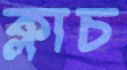
ক্লাচ